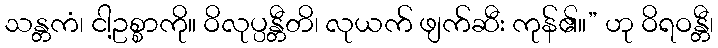
သန္တကံ၊ ငါ့ဥစ္စာကို။ ဝိလုပ္ပန္တီတိ၊ လုယက် ဖျက်ဆီး ကုန်၏။” ဟု ဝိရဝန္တီ၊